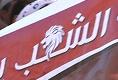
الشب